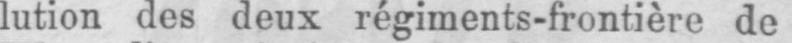
lution des deux régiments-frontière de